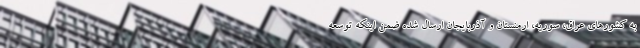
به كشورهاي عراق، سوريه، ارمنستان و آذربايجان ارسال شده ضمن اینکه توسعه